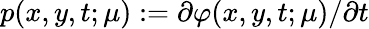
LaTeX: p(x,y,t;\mu):=\partial\varphi(x,y,t;\mu)/\partial t